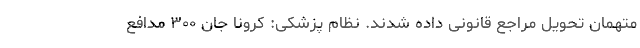
متهمان تحویل مراجع قانونی داده شدند. نظام پزشکی: کرونا جان ۳۰۰ مدافع